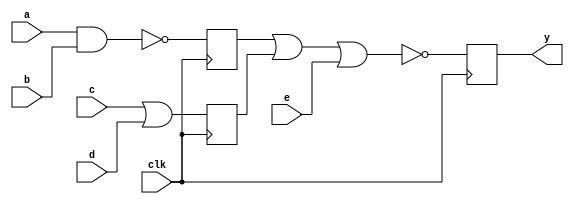
module seq_blk2(clk, a, b, c, d, e, y);
    input  clk, a, b, c, d, e;
    output y;
    reg    y;

    always @(posedge clk) begin
       y = ~(m | n | e);
       m = ~(a & b);
       n = c | d;
    end
endmodule